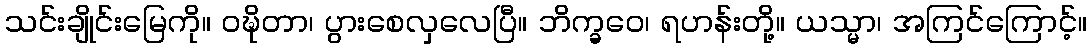
သင်းချိုင်းမြေကို။ ဝဍ္ဎိတာ၊ ပွားစေလှလေပြီ။ ဘိက္ခဝေ၊ ရဟန်းတို့။ ယသ္မာ၊ အကြင်ကြောင့်။